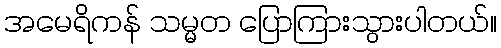
အမေရိကန် သမ္မတ ပြောကြားသွားပါတယ်။